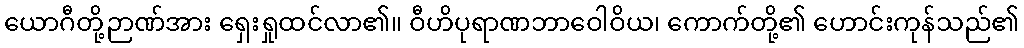
ယောဂီတို့ဉာဏ်အား ရှေးရှုထင်လာ၏။ ဝီဟိပုရာဏဘာဝေါဝိယ၊ ကောက်တို့၏ ဟောင်းကုန်သည်၏